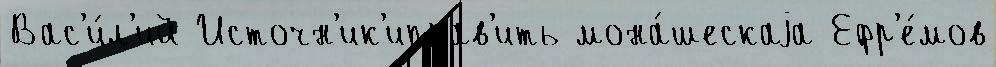
Вас'и́л'ий Источн'ик'иправ'ить мона́шескаjа Ефр'е́мов